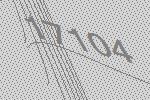
17104